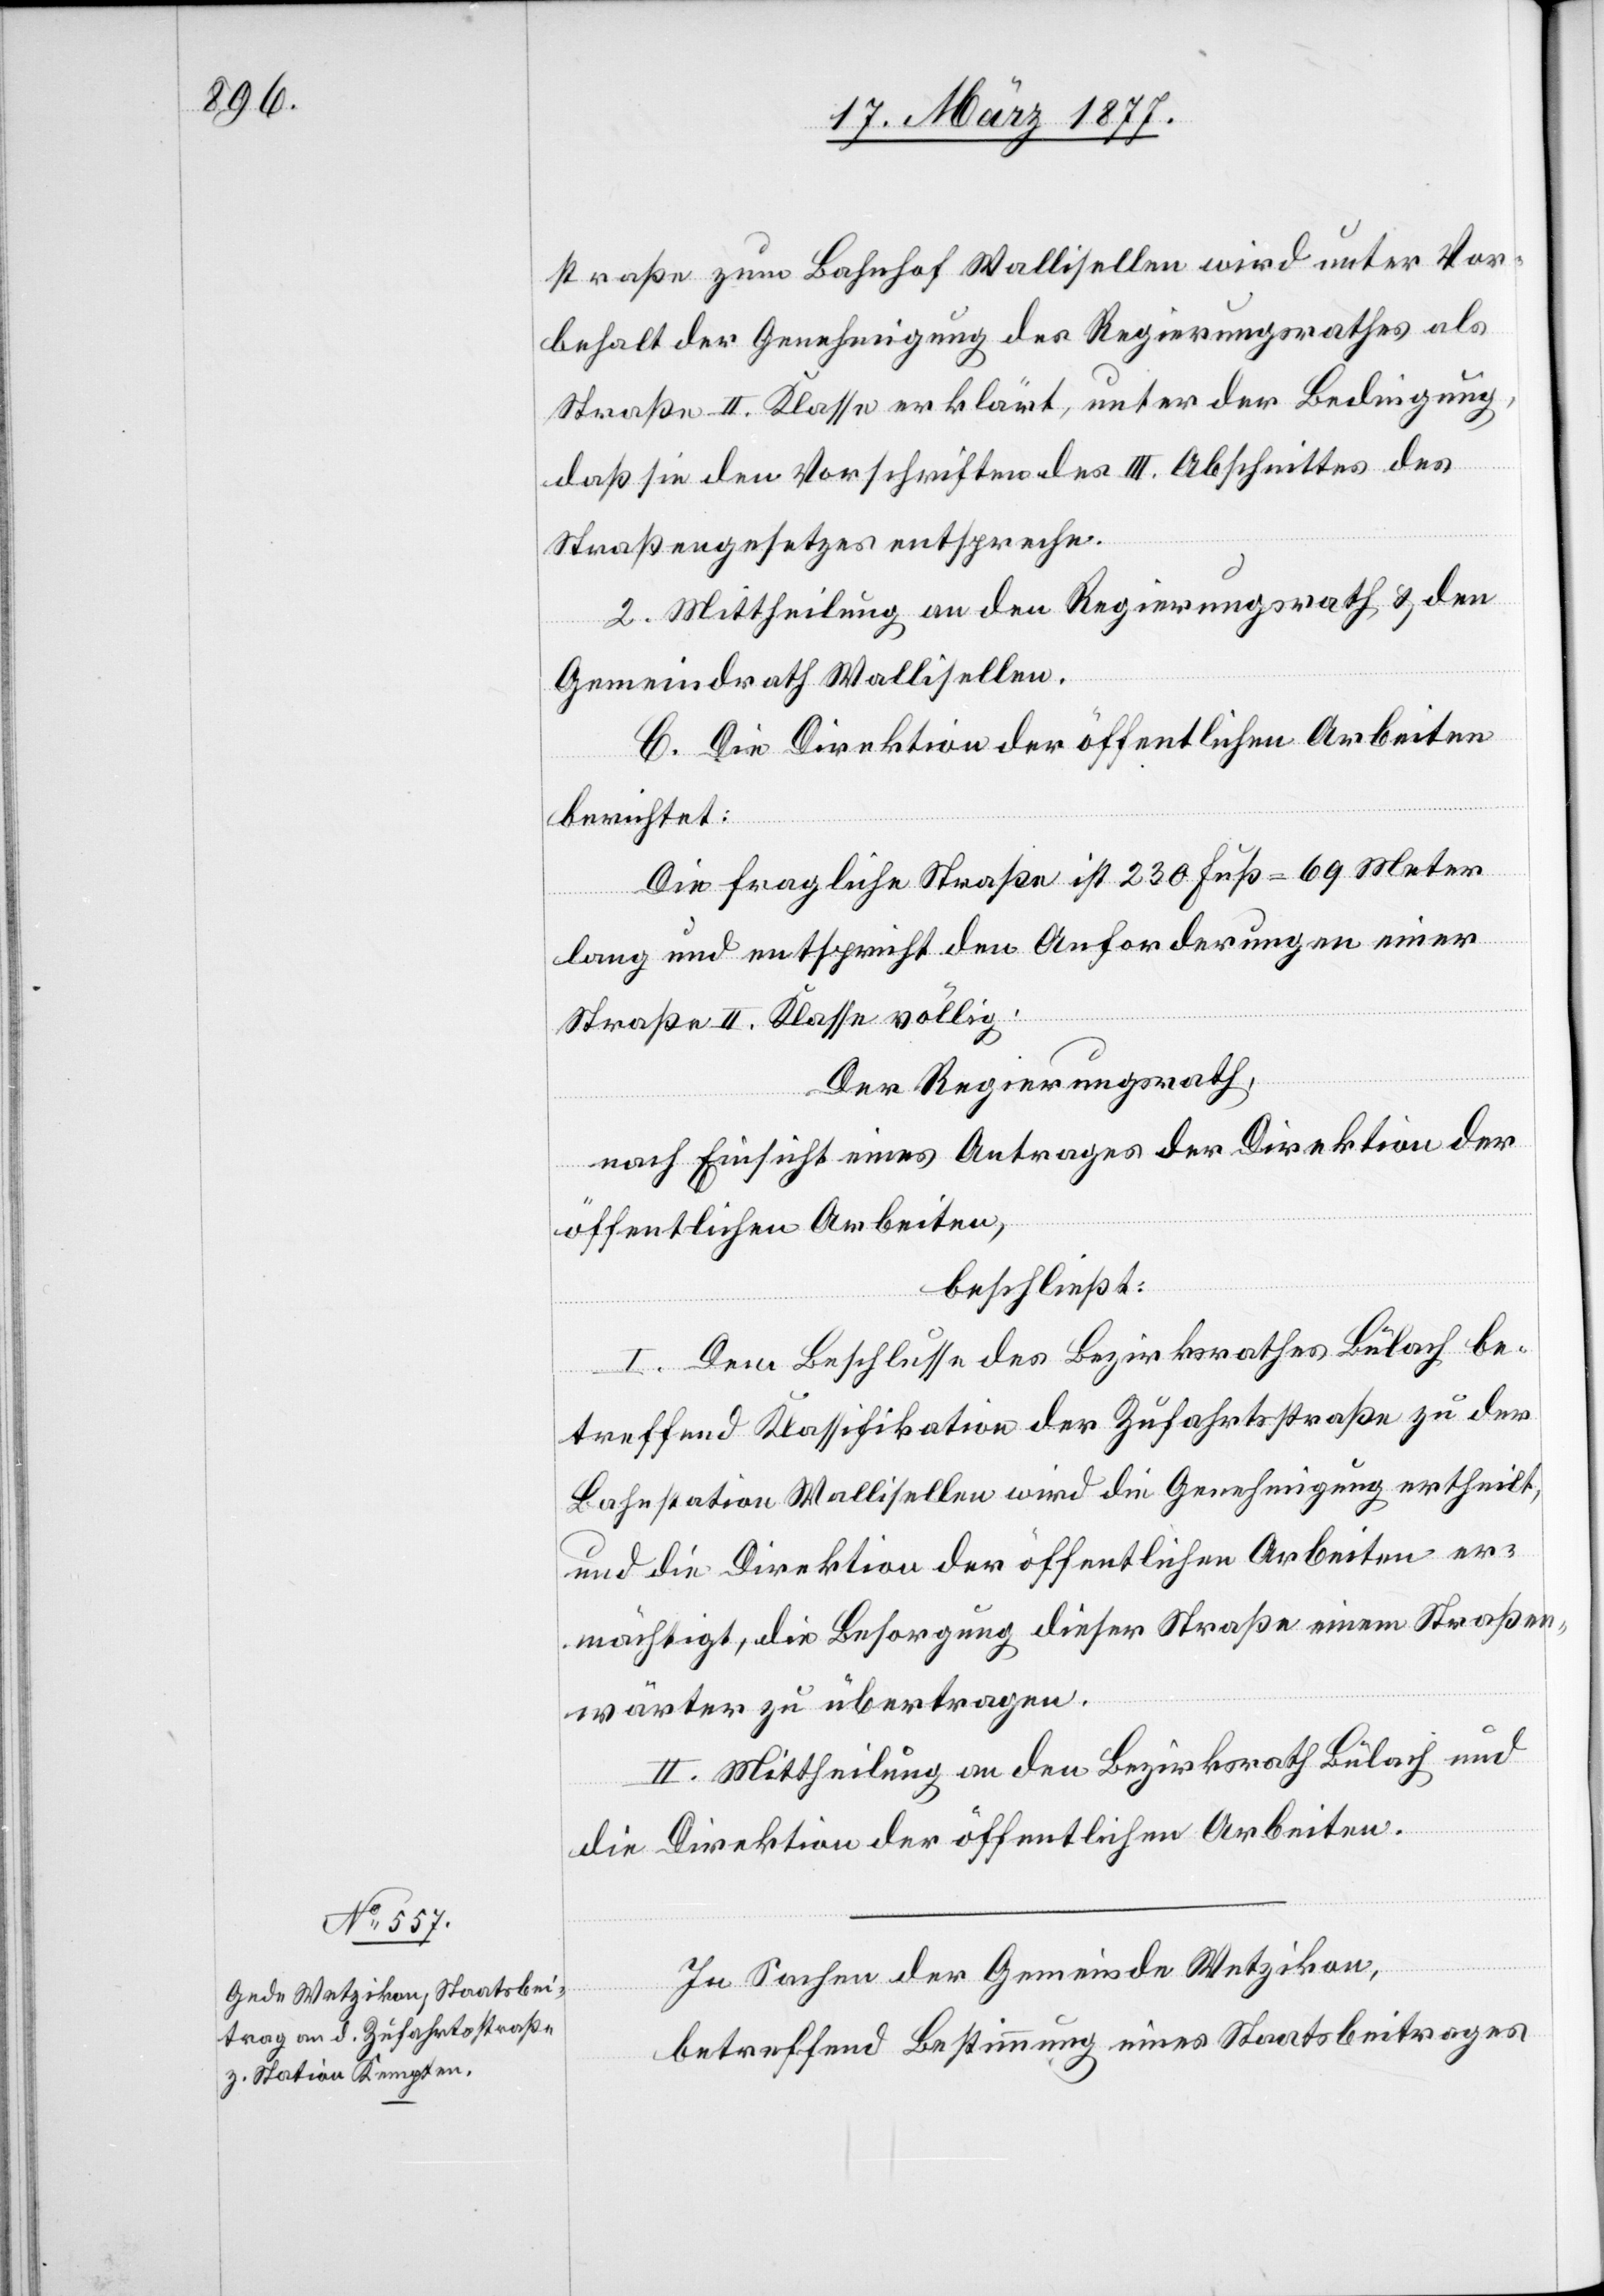
straße zum Bahnhof Wallisellen wird unter Vor¬
behalt der Genehmigung des Regierungsrathes als
Straße II. Klasse erklärt, unter der Bedingung,
daß sie den Vorschriften des III. Abschnittes des
Straßengesetzes entspreche.
2. Mittheilung an den Regierungsrath & den
Gemeindrath Wallisellen.
C. Die Direktion der öffentlichen Arbeiten
berichtet:
Die fragliche Straße ist 230 Fuß = 69 Meter
lang und entspricht den Anforderungen einer
Straße II. Klasse völlig.
Der Regierungsrath,
nach Einsicht eines Antrages der Direktion der
öffentlichen Arbeiten,
beschließt:
I. Dem Beschlusse des Bezirksrathes Bülach be¬
treffend Klassifikation der Zufahrtsstraße zu der
Bahnstation Wallisellen wird die Genehmigung ertheilt,
und die Direktion der öffentlichen Arbeiten er¬
mächtigt, die Besorgung dieser Straße einem Straßen¬
wärter zu übertragen.
II. Mittheilung an den Bezirksrath Bülach und
die Direktion der öffentlichen Arbeiten.
In Sachen der Gemeinde Wetzikon,
betreffend Bestimmung eines Staatsbeitrages